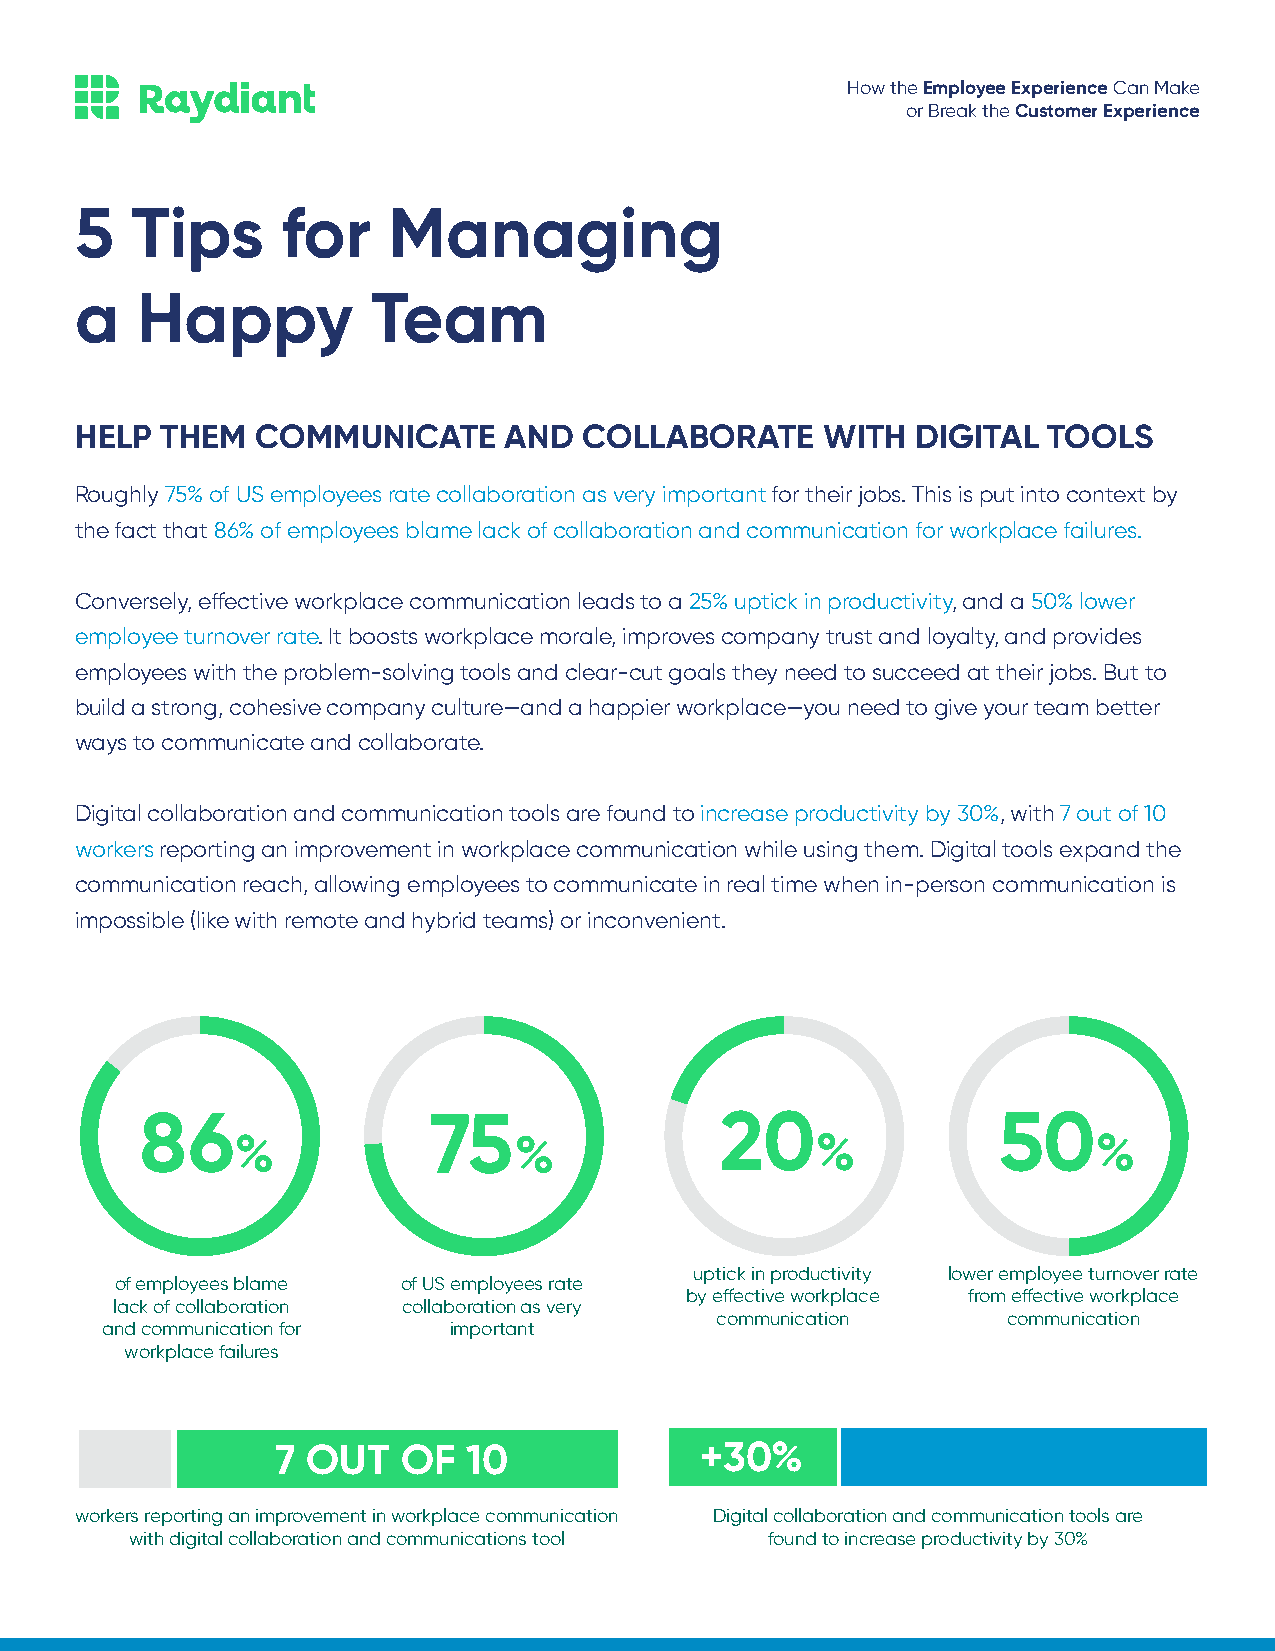
How the Employee Experience Can Make
 or Break the Customer Experience
 5   Tips      for    Managing
 a   Happy           Team
 HELP  THEM  COMMUNICATE     AND   COLLABORATE    WITH   DIGITAL TOOLS
 Roughly 75% of US employees rate collaboration as very important for their jobs. This is put into context by
 the fact that 86% of employees blame lack of collaboration and communication for workplace failures.
 Conversely, effective workplace communication leads to a 25% uptick in productivity, and a 50% lower
 employee turnover rate. It boosts workplace morale, improves company trust and loyalty, and provides
 employees with the problem-solving tools and clear-cut goals they need to succeed at their jobs. But to
 build a strong, cohesive company culture—and a happier workplace—you need to give your team better
 ways to communicate and collaborate.
 Digital collaboration and communication tools are found to increase productivity by 30%, with 7 out of 10
 workers reporting an improvement in workplace communication while using them. Digital tools expand the
 communication reach, allowing employees to communicate in real time when in-person communication is
 impossible (like with remote and hybrid teams) or inconvenient.
 86                 75                  20                50
 %                 %                   %                  %
 uptick in productivity lower employee turnover rate
 of employees blame of US employees rate
 by effective workplace from effective workplace
 lack of collaboration collaboration as very
 communication       communication
 and communication for  important
 workplace failures
 7 OUT    OF  10             +30%
 workers reporting an improvement in workplace communication Digital collaboration and communication tools are
 with digital collaboration and communications tool found to increase productivity by 30%